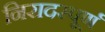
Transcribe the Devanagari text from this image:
निरादरपूर्ण